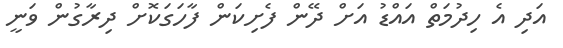
އަދި އެ ހިދުމަތް އައްޑު އަށް ދޭން ފެށިކަން ފާހަަގަކޮށް ދިރާގުން ވަނީ